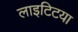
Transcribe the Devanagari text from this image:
लाइटिटया